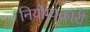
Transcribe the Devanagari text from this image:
निर्योग्यकारी